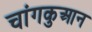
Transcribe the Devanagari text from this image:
चांगकुआन